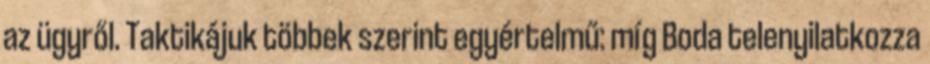
az ügyről. Taktikájuk többek szerint egyértelmű: míg Boda telenyilatkozza